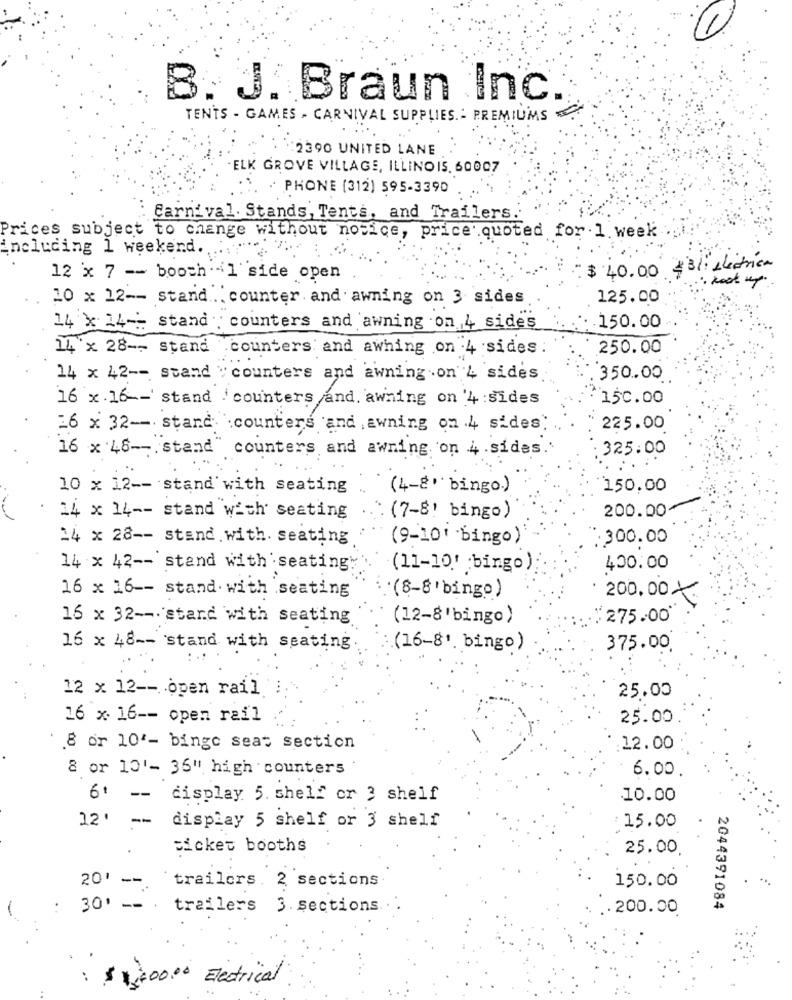
B. J. Braun Inc.
TENTS - GAMES . CARNIVAL SUPPLIES .- PREMIUMS
:2390 UNITED LANE
ELK GROVE VILLAGE, ILLINOIS. 60007
PHONE (312) 595-3390
: Carnival. Stands, Tents, and Trailers."
Prices subject to change without notice, price quoted for 1. week
including 1 weekend. ..... "
*Bli eléctrica
12 x 7 -- booch .- 1 side open
$ 40.00
10 x 12 -- stand ... counter. and awning on 3 sides
125.00
14 × 14 -- stand : counters and awning on 4 sides
.150.00
14 x 28 -- stand counters and awhing on 4 sides
250.00
14 x 42 -- stand " counters and awning .on 4 sides
350.00
16 x .16 -- ' stand : counters /and. awning on '4 :sides
" 150.00
26 x 32 -- stand. counters and ,awning on 4 sides:
225.00
16 x 46- stand" counters and awning on 4 sides."
: 325.00
.. ...
10 x 12 -- stand with seating ..
(4-8 bingo.)
150.00
200.00-
24 x 14 -- stand with' seating
: (7-8! bingo)
14 x 28 -- stand. with. seating
(9-10 bingo)
:300.00
14 x 42 -- stand with seating:
(11-10' :bingo):
400.00
16 x 16 -- stand. with seating
(8-8'bingo)
200.00 ×
16 x 32 -- stand with seating
(12-8'bingo)
275.00
16 x 48 -- stand with seating
(16-8'. bingo)
375.00.
12 x 12 -- open rail
25.00
16 x 16 -- open rail
25.00
8 or 10'- binge seat section
12.00
8 or 10'- 36" high counters
6.00.
6' -- display 5 shelf or 3 shelf
10.00
display 5 shelf or 3 shelf
22' --
: 15.00
..
sicket booths
25.00
20' --
trailers. 2 sections
150.00
-
..
30' --
trailers 3. sections
.200.00
2044391084
: $ 1400.00 Electrical